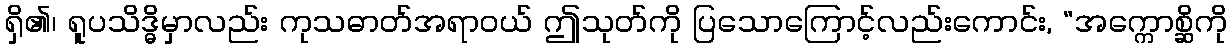
ရှိ၏၊ ရူပသိဒ္ဓိမှာလည်း ကုသဓာတ်အရာဝယ် ဤသုတ်ကို ပြသောကြောင့်လည်းကောင်း, “အက္ကောစ္ဆိကို